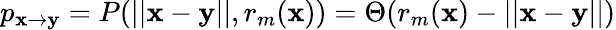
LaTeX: p_{\mathbf x\to\mathbf y}=P(||\mathbf x-\mathbf y||,r_{m}(\mathbf x))=\Theta(r_{m}(\mathbf x)-||\mathbf x-\mathbf y||)